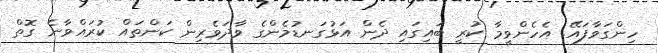
ހިންގަވާފައޭ. އެހެންވީމާ ކުރީ ބައިގައި ދެން އަޅުގަނޑުމެންގެ ވާދަވެރިން ކަންތައް ކުރައްވާނެ ގޮތް